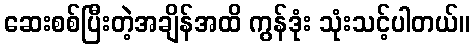
ဆေးစစ်ပြီးတဲ့အချိန်အထိ ကွန်ဒုံး သုံးသင့်ပါတယ်။